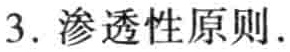
3. 渗透性原则.